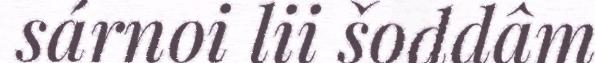
sárnoi lii šoddâm